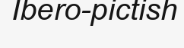
Ibero-pictish